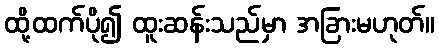
ထို့ထက်ပို၍ ထူးဆန်းသည်မှာ အခြားမဟုတ်။